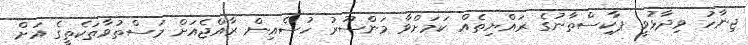
ޖިނާހު ވިދާޅުވީ ޕާކިސްތާނުގެ ރައްޔިތެއް ކަމަށްވާ މަންސޫރު ހުސެއިން ރާއްޖެއަށް މަސްތުވާތަކެތީގެ އަށް